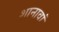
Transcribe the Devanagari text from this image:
शानावां